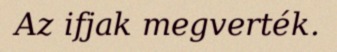
Az ifjak megverték.